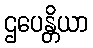
ဌပေန္တိယာ